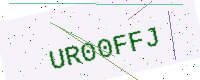
Text: UR00FFJ